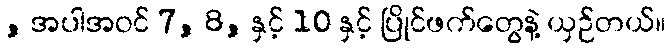
, အပါအဝင် 7, 8, နှင့် 10 နှင့် ပြိုင်ဖက်တွေနဲ့ ယှဉ်တယ်။